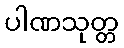
ပါဏသုတ္တ